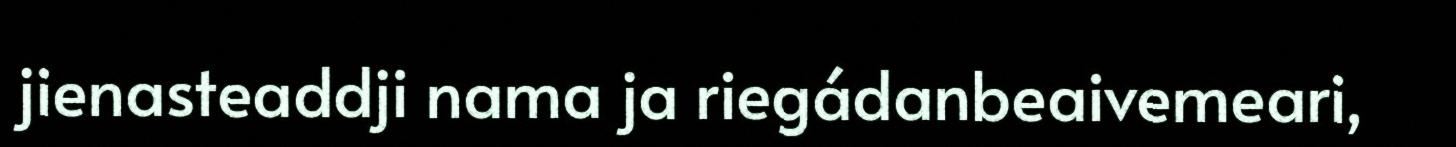
jienasteaddji nama ja riegádanbeaivemeari,